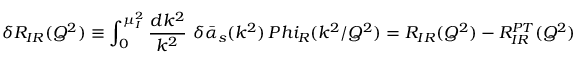
\delta R _ { I R } ( Q ^ { 2 } ) \equiv \int _ { 0 } ^ { \mu _ { I } ^ { 2 } } { \frac { d k ^ { 2 } } { k ^ { 2 } } } \ \delta \bar { \alpha } _ { s } ( k ^ { 2 } ) \, P h i _ { R } ( k ^ { 2 } / Q ^ { 2 } ) = R _ { I R } ( Q ^ { 2 } ) - R _ { I R } ^ { P T } ( Q ^ { 2 } )